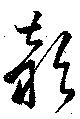
頴